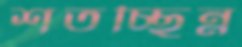
শতচ্ছিন্ন